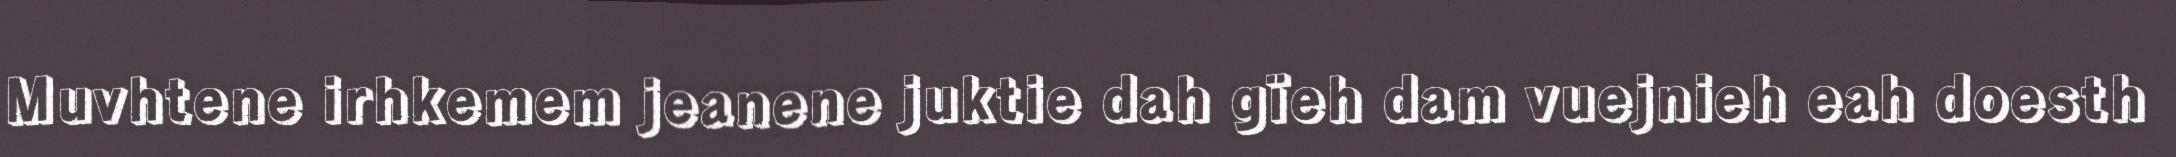
Muvhtene irhkemem jeanene juktie dah gïeh dam vuejnieh eah doesth